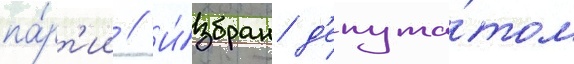
па́рт'ии // И́збран д'епута́том